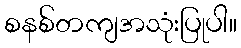
စနစ်တကျအသုံးပြုပါ။